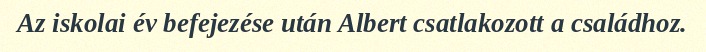
Az iskolai év befejezése után Albert csatlakozott a családhoz.